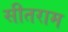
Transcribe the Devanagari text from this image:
सीतराम